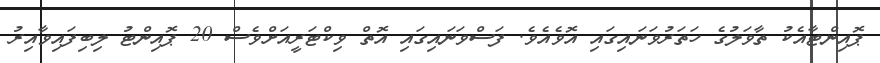
ޕޮއިންޓާއެކު ތާވަލުގެ ހަތަރުވަނައިގައި އޮވެއެވެ. ފަސްވަނައިގައި އޮތް ވިކްޓަރީއަށްވެސް 20 ޕޮއިންޓު ލިބިފައިވާއިރު